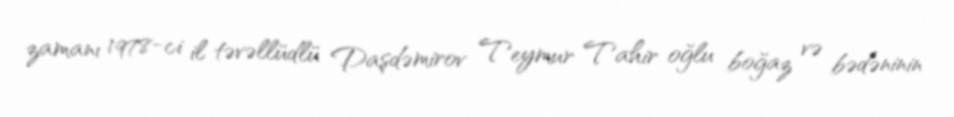
zamanı 1978-ci il təvəllüdlü Daşdəmirov Teymur Tahir oğlu boğaz və bədəninin